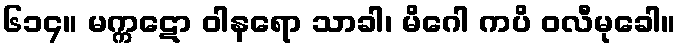
၆၁၄။ မက္ကဋော ဝါနရော သာခါ၊ မိဂေါ ကပိ ဝလီမုခေါ။